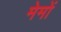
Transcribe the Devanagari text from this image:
मेमों